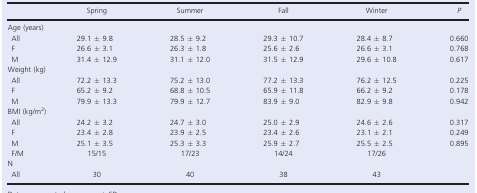
|  | Spring | Summer | Fall | Winter | P |
 | --- | --- | --- | --- | --- | --- |
 | <COLSPAN=6> Age (years) |
 | All | 29.1 ± 9.8 | 28.5 ± 9.2 | 29.3 ± 10.7 | 28.4 ± 8.7 | 0.660 |
 | F | 26.6 ± 3.1 | 26.3 ± 1.8 | 25.6 ± 2.6 | 26.6 ± 3.1 | 0.768 |
 | M | 31.4 ± 12.9 | 31.1 ± 12.0 | 31.5 ± 12.9 | 29.6 ± 10.8 | 0.617 |
 | <COLSPAN=6> Weight (kg) |
 | All | 72.2 ± 13.3 | 75.2 ± 13.0 | 77.2 ± 13.3 | 76.2 ± 12.5 | 0.225 |
 | F | 65.2 ± 9.2 | 68.8 ± 10.5 | 65.9 ± 11.8 | 66.2 ± 9.2 | 0.178 |
 | M | 79.9 ± 13.3 | 79.9 ± 12.7 | 83.9 ± 9.0 | 82.9 ± 9.8 | 0.942 |
 | <COLSPAN=6> BMI (kg/m2) |
 | All | 24.2 ± 3.2 | 24.7 ± 3.0 | 25.0 ± 2.9 | 24.6 ± 2.6 | 0.317 |
 | F | 23.4 ± 2.8 | 23.9 ± 2.5 | 23.4 ± 2.6 | 23.1 ± 2.1 | 0.249 |
 | M | 25.1 ± 3.5 | 25.3 ± 3.3 | 25.9 ± 2.7 | 25.5 ± 2.5 | 0.895 |
 | F/M | 15/15 | 17/23 | 14/24 | 17/26 |  |
 | <COLSPAN=6> N |
 | All | 30 | 40 | 38 | 43 |  |